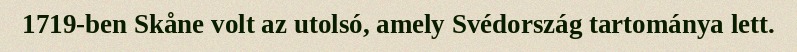
1719-ben Skåne volt az utolsó, amely Svédország tartománya lett.